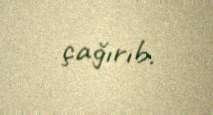
çağırıb.